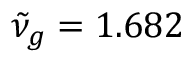
\tilde { \nu } _ { g } = 1 . 6 8 2